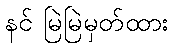
နင် မြဲမြဲမှတ်ထား